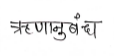
मजकूर: ऋणानुबंध